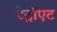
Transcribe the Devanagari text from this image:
डेट्रॉएट